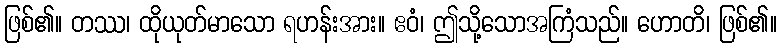
ဖြစ်၏။ တဿ၊ ထိုယုတ်မာသော ရဟန်းအား။ ဧဝံ၊ ဤသို့သောအကြံသည်။ ဟောတိ၊ ဖြစ်၏။